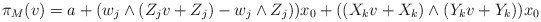
\begin{align*}\pi _M(v) = a+ (w_j\wedge (Z_j v+ Z_j) - w_j\wedge Z_j ))x_0 +((X_kv +X_k)\wedge (Y_kv+Y_k))x_0\end{align*}